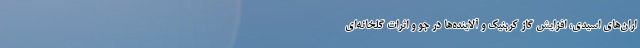
اران‌های اسیدی، افزایش گاز کربنیک و آلاینده‌ها در جو و اثرات گلخانه‌ای